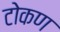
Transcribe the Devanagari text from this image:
टोकण